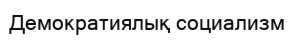
Демократиялық социализм